Annual administration report of the Civil Veterinary Department, Ajmere-Merwara, British Rajputana - 1914-1940
Year: 1914
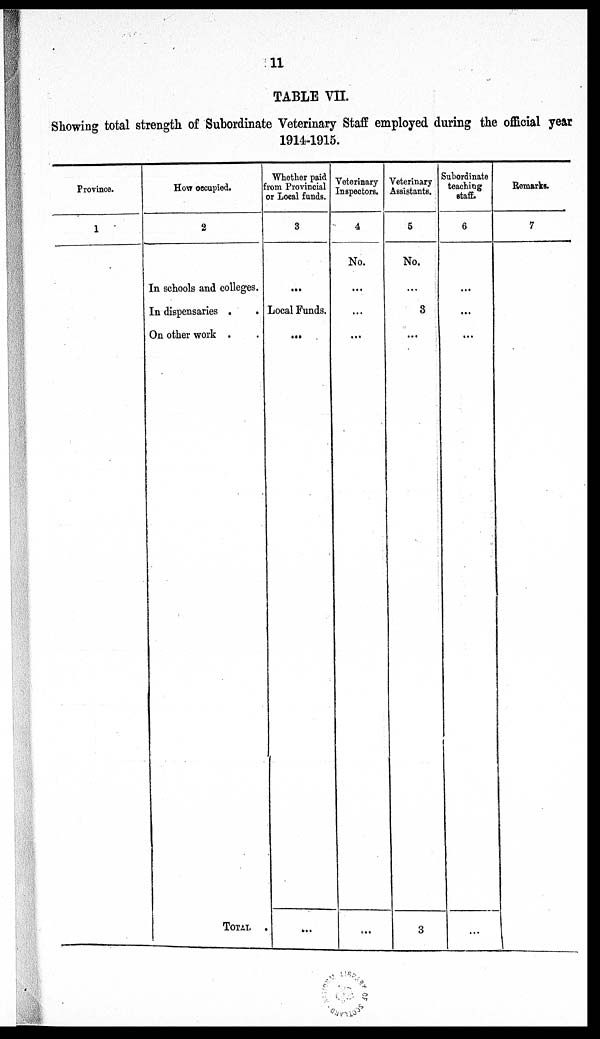
11
TABLE VII.
Showing total strength of Subordinate Veterinary Staff employed during the official year
1914-1915.
Province.
1
How occupied.
2
In schools and colleges.
In dispensaries .
.
On other work . .
TOTAL
Whether paid
From Provincial
or Local funds.
3
...
Local Funds.
...
...
Veterinary
Inspectors.
4
No.
...
...
...
...
Veterinary
Assistants.
5
No.
...
3
...
3
Subordinate
teaching
staff.
6
...
...
...
...
Remarks.
7